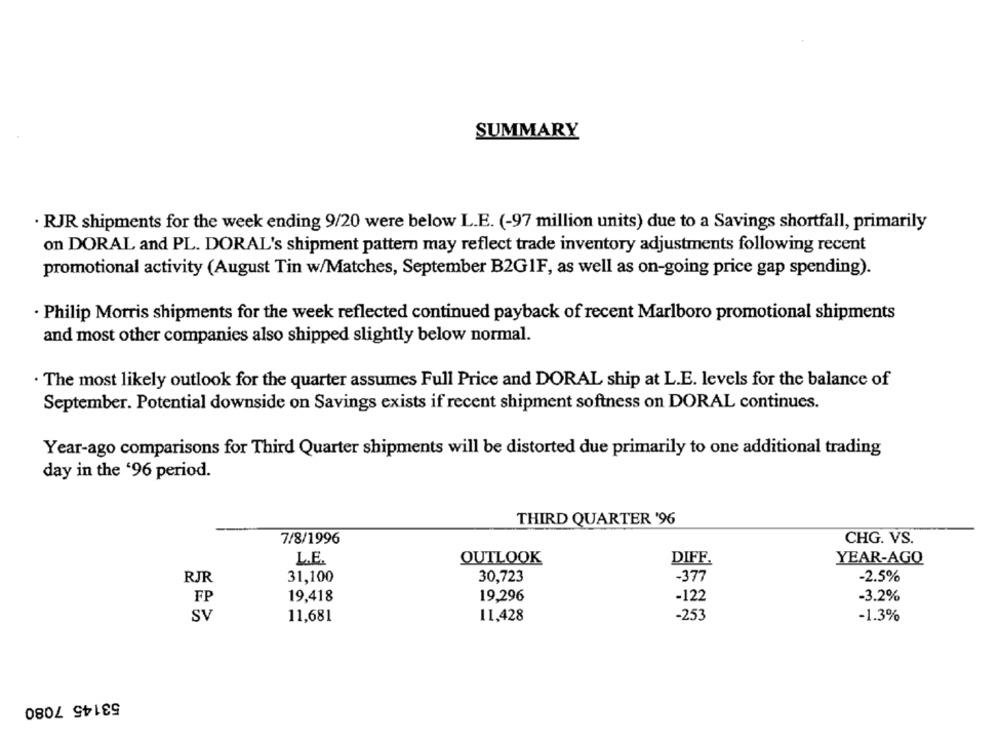
SUMMARY
· RJR shipments for the week ending 9/20 were below L.E. (-97 million units) due to a Savings shortfall, primarily
on DORAL and PL. DORAL's shipment pattern may reflect trade inventory adjustments following recent
promotional activity (August Tin w/Matches, September B2GIF, as well as on-going price gap spending).
· Philip Morris shipments for the week reflected continued payback of recent Marlboro promotional shipments
and most other companies also shipped slightly below normal.
. The most likely outlook for the quarter assumes Full Price and DORAL ship at L.E. levels for the balance of
September. Potential downside on Savings exists if recent shipment softness on DORAL continues.
Year-ago comparisons for Third Quarter shipments will be distorted due primarily to one additional trading
day in the '96 period.
THIRD QUARTER '96
7/8/1996
CHG. VS.
L.E.
OUTLOOK
DIFF.
YEAR-AGO
RJR
31,100
30,723
-377
-2.5%
FP
19,418
19,296
-122
-3.2%
SV
11,681
11,428
-253
-1.3%
53145 7080